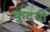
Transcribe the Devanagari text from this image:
कुदबी